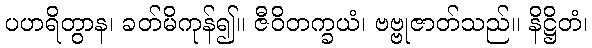
ပဟရိတွာန၊ ခတ်မိကုန်၍။ ဇီဝိတက္ခယံ၊ ဗဗ္ဗုဇာတ်သည်။ နိဋ္ဌိတံ၊